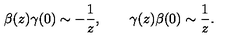
\beta ( z ) \gamma ( 0 ) \sim - \frac { 1 } { z } , \qquad \gamma ( z ) \beta ( 0 ) \sim \frac { 1 } { z } .